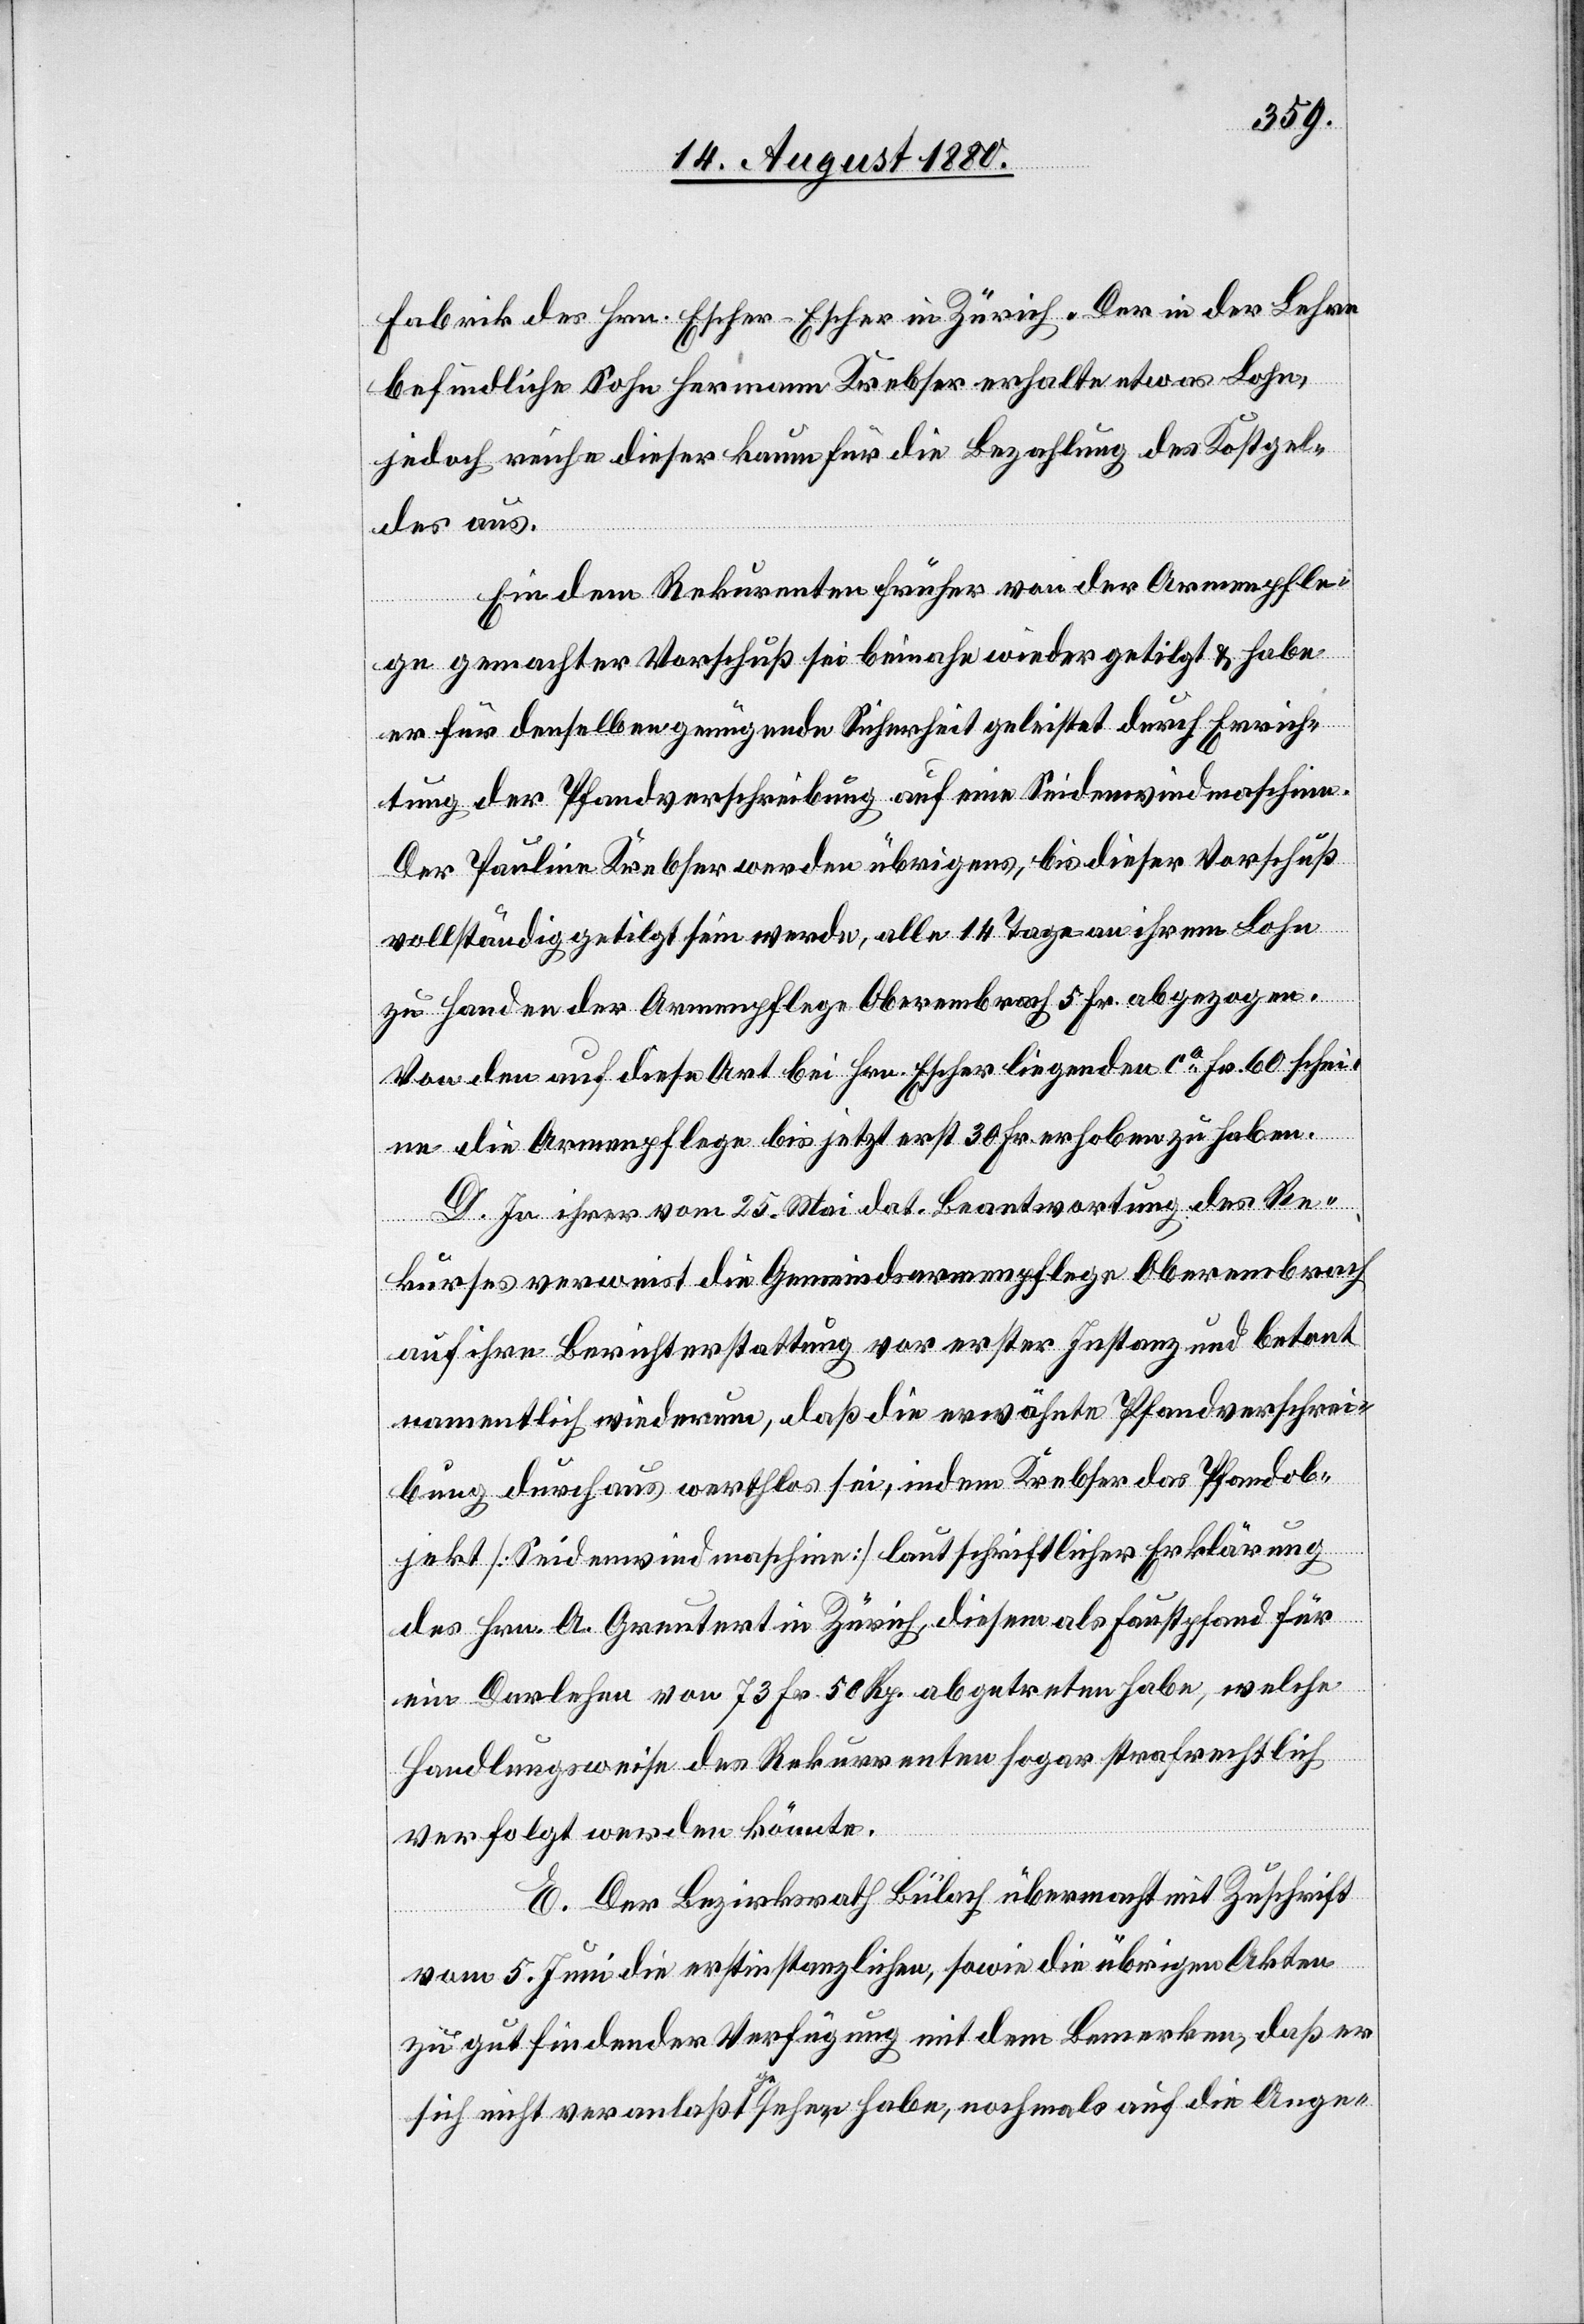
Fabrik des Hrn. Escher-Escher in Zürich. Der in der Lehre
befindliche Sohn Hermann Krebser erhalte etwas Lohn,
jedoch reiche dieser kaum für die Bezahlung des Kostgel¬
des aus.
Ein dem Rekurrenten früher von der Armenpfle¬
ge gemachter Vorschuß sei beinahe wieder getilgt & habe
er für denselben genügende Sicherheit geleistet durch Errich¬
tung der Pfandverschreibung auf eine Seidenwindmaschine.
Der Pauline Krebser werden übrigens, bis dieser Vorschuß
vollständig getilgt sein werde, alle 14 Tage an ihrem Lohn
zu Handen der Armenpflege Oberembrach 5 Fr. abgezogen.
Von den auf diese Art bei Hrn. Escher liegenden ca Fr. 60 schei¬
ne die Armenpflege bis jetzt erst 30 Fr. erhoben zu haben.
D. In ihrer vom 25. Mai dat. Beantwortung des Re¬
kurses verweist die Gemeindsarmenpflege Oberembrach
auf ihre Berichterstattung vor erster Instanz und betont
namentlich wiederum, daß die erwähnte Pfandverschrei¬
bung durchaus werthlos sei, indem Krebser das Pfandob¬
jekt [Seidenwindmaschine] laut schriftlicher Erklärung
des Hrn. A. Greutert in Zürich, diesem als Faustpfand für
ein Darlehen von 73 Fr. 50 Rp. abgetreten habe, welche
Handlungsweise des Rekurrenten sogar strafrechtlich
verfolgt werden könnte.
E. Der Bezirksrath Bülach übermacht mit Zuschrift
vom 5. Juni die erstinstanzlichen, sowie die übrigen Akten
zu gut findender Verfügung mit dem Bemerken, daß er
sich nicht veranlaßt gesehen habe, nochmals auf die Ange-